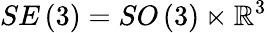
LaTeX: SE\left(3\right)=SO\left(3\right)\ltimes{\mathbb{R}}^{3}